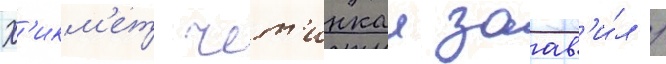
Х'икм'ет чет'инкаи заав'и́л /